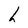
Character: L